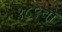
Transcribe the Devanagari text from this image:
१८९वॉ